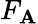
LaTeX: F_{\mathbf{A}}